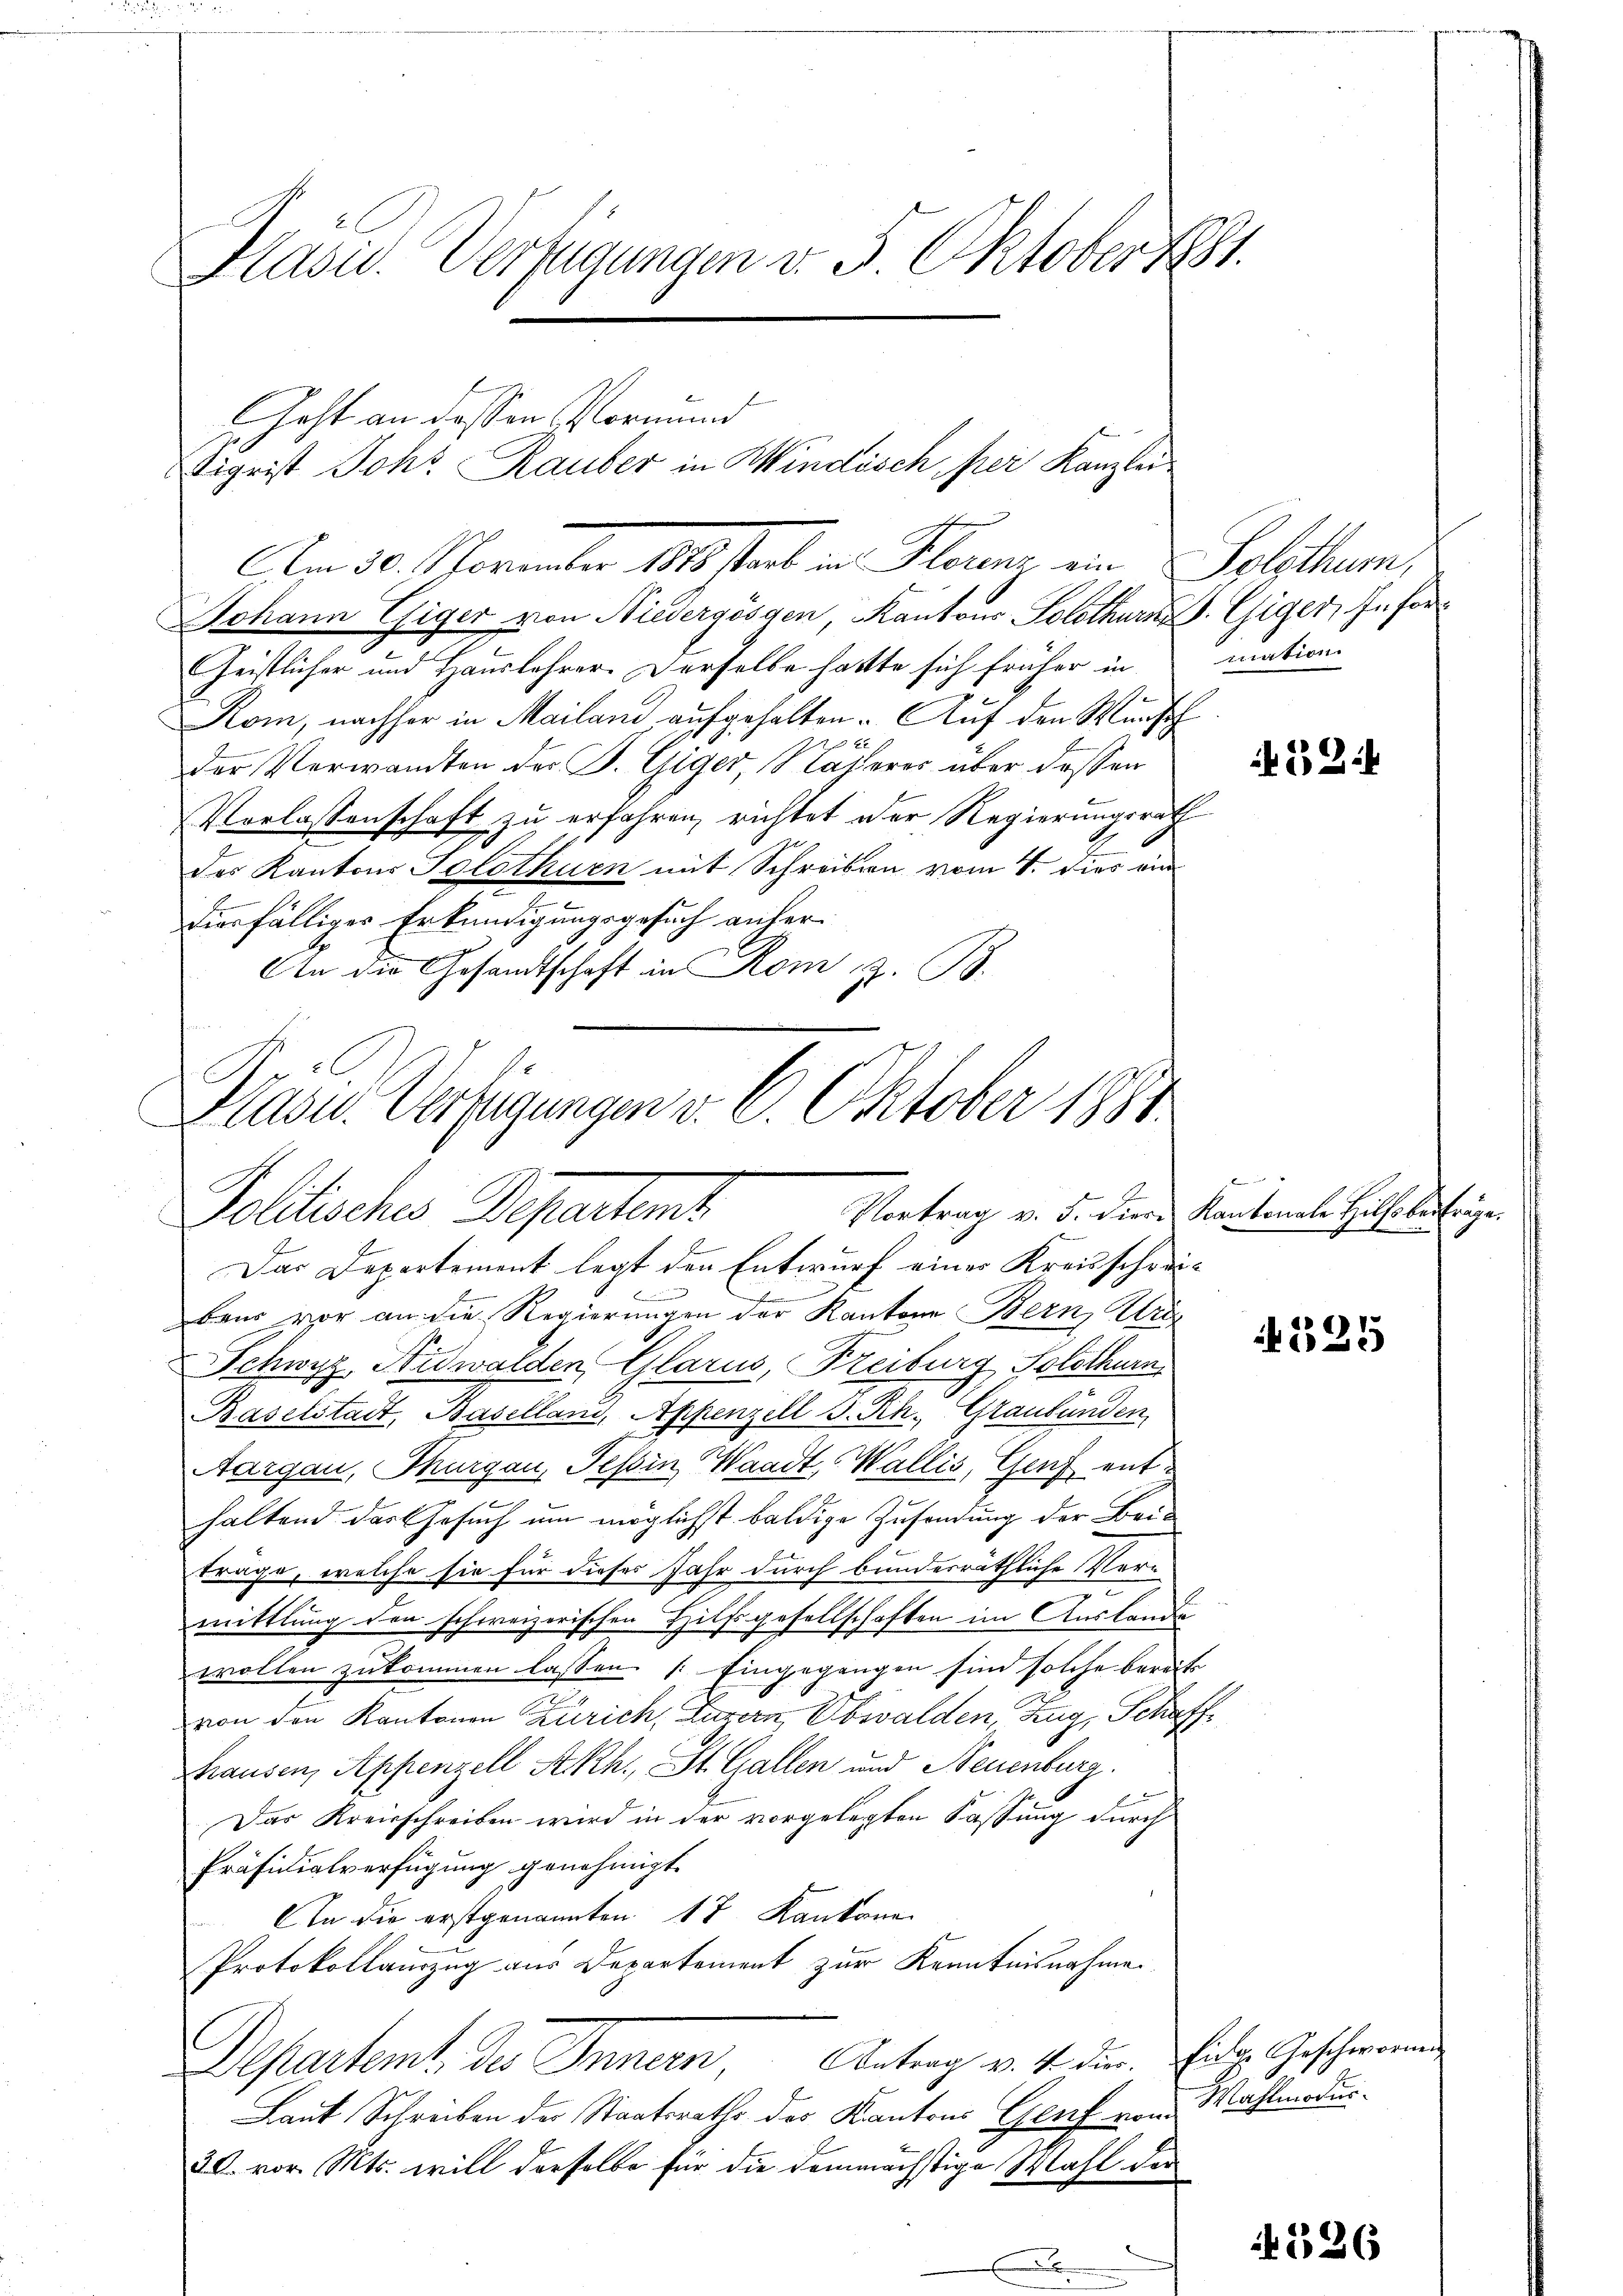
Präsid. Verfügungen v. 5. Oktober 1

Eheht an dessen Vormund
igrist Johr Rauber in Windisch per Kanzlei
Johann Eiger von Niedergösgen, Kantons Solothurn. Giger, Infor¬
Geistlicher und Hauslehrer. Derselbe hatte sich früher in mation
Kom, nachher in Mailand aufgehalten. Auf den Wunsch
der Verwandten der B. Giger, Näheres über dessen
Vorlassenschaft zu erfahren, richtet der Regierungsrath
des Kantons Solothurn mit Schreiben vom 4. Dies ein
tierfälliger Erkundigungsgesuch anher¬
An die Gesandtschaft in Rom z. B.

Am 30. November 1889 stant in Florenz ein Solithum,

A
Plasur. Verfügungen v. 8. Oktober 1881.
Vortrag v. 5. diere Kantonale Hilhaben fräge.
Goldisches Departens

Das Departement legt den Entwurf eines Kreisschreibeur vor an die Regierungen der Kantone Bern, Uri
Schwyz, Nidwalden, Glarus, Freiburg Solothurn
Raselstadt, Baselland, Appenzell S. Rh., Graubünden
Aargau, Thurgau, Tessin Waadt, Wallis, Genf ent-
haltend das Gesuch um möglichst baldige Zusendung der Beiträge, welche sie für dieses Jahr durch bundesräthliche Vermittlung den schweizerischen Hilfsgesellschaften im Auslande
wollen zukommen lassen [Eingegangen sind solche bereits
von den Kantonen Zürich, Luzern, Obwalden, Zug, Schaff¬
Hausen, Appenzell Akh., St. Gallen und Neuenburg.
Das Kreisschreiben wird in der vorgelegten Fassung durch
Präsidialverfügung genehmigt.
a die erstgenannten 12 Kantone
Protokollauszug aus Departement zur Kenntnisnahme
Departemt. Der Innern, Antrag v. 4. die Eider Geschweren
Laut Schreiben der Staatsraths des Kantons Genf von Wahlmodus¬
20. vor. Mts. will derselbe für die demnächstige Wahl der

53

525

59